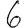
Digit: 6